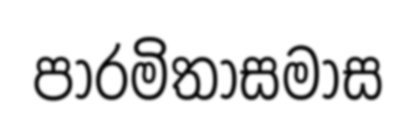
පාරමිතාසමාස